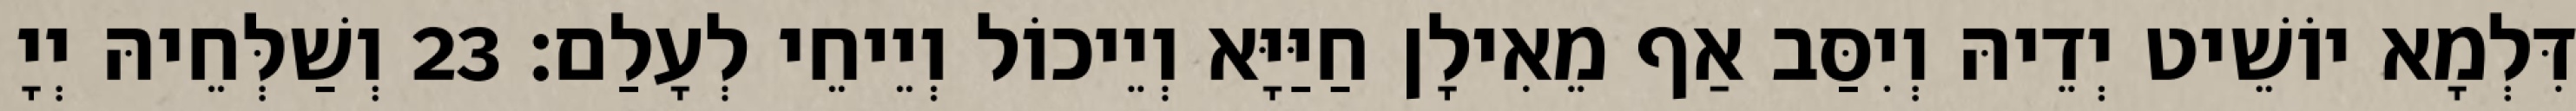
דִּלְמָא יוֹשֵׁיט יְדֵיהּ וְיִסַּב אַף מֵאִילָן חַיַּיָּא וְיֵיכוֹל וְיֵיחֵי לְעָלַם׃ 23 וְשַׁלְּחֵיהּ יְיָ